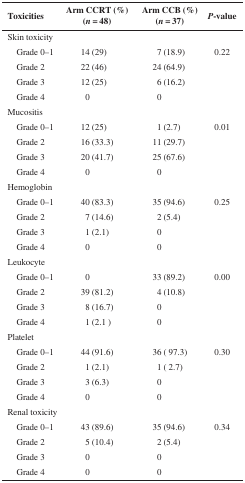
| Toxicities | Arm CCRT (%) (n = 48) | Arm CCB (%) (n = 37) | P-value |
 | --- | --- | --- | --- |
 | Skin toxicity |  |  |  |
 | Grade 0–1 | 14 (29) | 7 (18.9) | 0.22 |
 | Grade 2 | 22 (46) | 24 (64.9) |  |
 | Grade 3 | 12 (25) | 6 (16.2) |  |
 | Grade 4 | 0 | 0 |  |
 | Mucositis |  |  |  |
 | Grade 0–1 | 12 (25) | 1 (2.7) | 0.01 |
 | Grade 2 | 16 (33.3) | 11 (29.7) |  |
 | Grade 3 | 20 (41.7) | 25 (67.6) |  |
 | Grade 4 | 0 | 0 |  |
 | Hemoglobin |  |  |  |
 | Grade 0–1 | 40 (83.3) | 35 (94.6) | 0.25 |
 | Grade 2 | 7 (14.6) | 2 (5.4) |  |
 | Grade 3 | 1 (2.1) | 0 |  |
 | Grade 4 | 0 | 0 |  |
 | Leukocyte |  |  |  |
 | Grade 0–1 | 0 | 33 (89.2) | 0.00 |
 | Grade 2 | 39 (81.2) | 4 (10.8) |  |
 | Grade 3 | 8 (16.7) | 0 |  |
 | Grade 4 | 1 (2.1 ) | 0 |  |
 | Platelet |  |  |  |
 | Grade 0–1 | 44 (91.6) | 36 ( 97.3) | 0.30 |
 | Grade 2 | 1 (2.1) | 1 ( 2.7) |  |
 | Grade 3 | 3 (6.3) | 0 |  |
 | Grade 4 | 0 | 0 |  |
 | Renal toxicity |  |  |  |
 | Grade 0–1 | 43 (89.6) | 35 (94.6) | 0.34 |
 | Grade 2 | 5 (10.4) | 2 (5.4) |  |
 | Grade 3 | 0 | 0 |  |
 | Grade 4 | 0 | 0 |  |